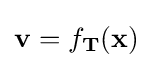
\mathbf {v} =f_{\mathbf {T} }(\mathbf {x} )